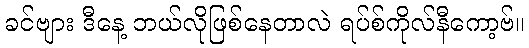
ခင်ဗျား ဒီနေ့ ဘယ်လိုဖြစ်နေတာလဲ ရပ်စ်ကိုလ်နီကော့ဗ်။